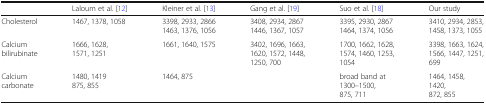
|  | Laloum et al. [12] | Kleiner et al. [13] | Gang et al. [19] | Suo et al. [18] | Our study |
 | --- | --- | --- | --- | --- | --- |
 | Cholesterol | 1467, 1378, 1058 | 3398, 2933, 28661463, 1376, 1056 | 3408, 2934, 28671446, 1367, 1057 | 3395, 2930, 28671464, 1374, 1056 | 3410, 2934, 2853,1458, 1373, 1055 |
 | Calcium bilirubinate | 1666, 1628, 1571, 1251 | 1661, 1640, 1575 | 3402, 1696, 1663, 1620, 1572, 1448, 1250, 700 | 1700, 1662, 1628,1574, 1460, 1253, 1054 | 3398, 1663, 1624,1566, 1447, 1251, 699 |
 | Calcium carbonate | 1480, 1419875, 855 | 1464, 875 |  | broad band at 1300–1500,875, 711 | 1464, 1458, 1420,872, 855 |